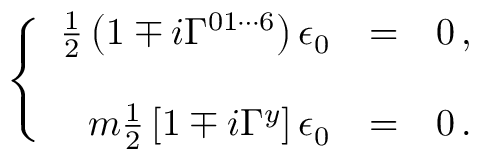
\left\{ \begin{array} { r c l } { { \frac { 1 } { 2 } \left( 1 \mp i \Gamma ^ { 0 1 \cdots 6 } \right) \epsilon _ { 0 } } } & { { = } } & { { 0 \, , } } \\ { { } } & { { } } & { { } } \\ { { m { \textstyle \frac { 1 } { 2 } } \left[ 1 \mp i \Gamma ^ { y } \right] \epsilon _ { 0 } } } & { { = } } & { { 0 \, . } } \end{array} \right.